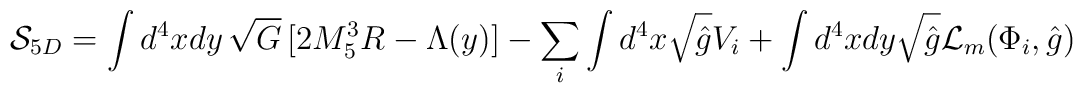
{\cal S}_{5D}=\int d^4xdy \, \sqrt{G} \, [2M_5^3R-\Lambda(y)]-\sum_i\int d^4x\sqrt{\hat{g}}V_i +\int d^4xdy\sqrt{\hat{g}}{\cal L}_m(\Phi_i,\hat{g})